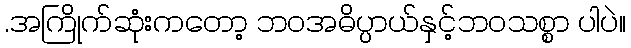
.အကြိုက်ဆုံးကတော့ ဘဝအဓိပ္ပာယ်နှင့်ဘဝသစ္စာ ပါပဲ။